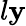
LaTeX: l\mathbf{y}